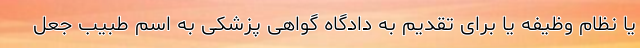
یا نظام وظیفه یا برای تقدیم به دادگاه گواهی پزشکی به اسم طبیب جعل